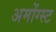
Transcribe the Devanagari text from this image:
अमोंग्स्ट